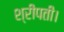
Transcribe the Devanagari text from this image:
श्रीपती।